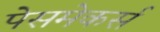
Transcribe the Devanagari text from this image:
पेसमेकर्स